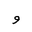
Letter: _waw